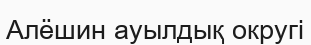
Алёшин ауылдық округі